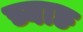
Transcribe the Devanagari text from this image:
च्वाङ